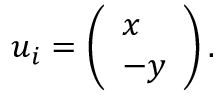
\begin{array} { r } { { \boldsymbol { u } } _ { i } = \left( \begin{array} { l } { x } \\ { - y } \end{array} \right) . } \end{array}